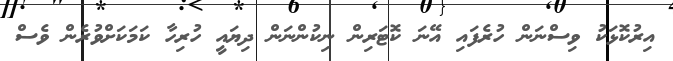
އިރުކޮޅަކު ވިސްނަން ހުރެފައި އޭނަ ކޮޓަރިން ނިކުންނަން ދިޔައީ ހުރިހާ ކަމަކަށްވުރެން ވެސް